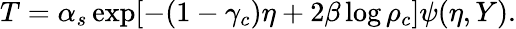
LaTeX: T=\alpha_{s}\exp[-(1-\gamma_{c})\eta+2\beta\log\rho_{c}]\psi(\eta,Y).